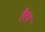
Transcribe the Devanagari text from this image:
हैरप